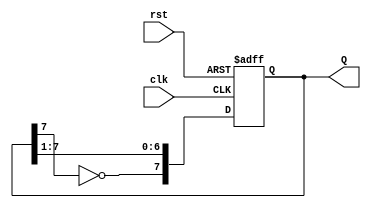
module JohnsonCounter (
    input wire clk,        // Clock signal
    input wire rst,        // Asynchronous reset signal
    output reg [7:0] Q     // 8-bit output representing the state of the counter
);

always @(posedge clk or posedge rst) begin
    if (rst) begin
        // Asynchronous reset to 00000000
        Q <= 8'b00000000;
    end else begin
        // Shift and feedback logic for the Johnson counter
        Q <= {~Q[7], Q[7:1]};
    end
end

endmodule